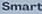
Smart